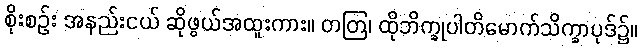
စိုးစဉ်း အနည်းငယ် ဆိုဖွယ်အထူးကား။ တတြ၊ ထိုဘိက္ခုပါတိမောက်သိက္ခာပုဒ်၌။